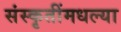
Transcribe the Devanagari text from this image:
संस्कृतींमधल्या